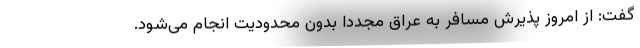
گفت: از امروز پذیرش مسافر به عراق مجددا بدون محدودیت انجام می‌شود.